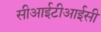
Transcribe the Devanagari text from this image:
सीआईटीआईसी